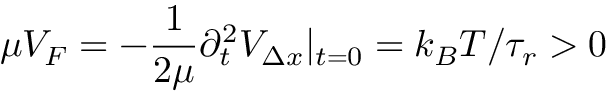
\mu { \cal V } _ { F } = - \frac { 1 } { 2 \mu } \partial _ { t } ^ { 2 } { \cal V } _ { \Delta x } | _ { t = 0 } = k _ { B } T / \tau _ { r } > 0